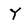
Character: Y